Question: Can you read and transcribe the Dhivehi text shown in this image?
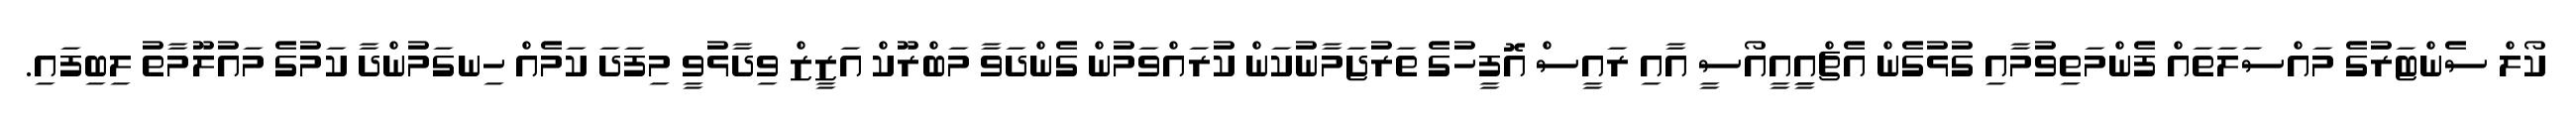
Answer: ކޯލް ސެންޓަރުގެ މައްސަލަތައް ފެންމަތިވުމާއި ގުޅުގެން އެޗްއިީއީއޯސީ އާއި ރައީސް އޮފީހުގެ ތަރުޖަމާނުކަން ކުރައްވަމުން ގެންދަވާ މަބްރޫކް އަޒީޒް ވިދާޅުވީ މިފަދަ ކަމެއް ހިނގަމުންދާ ކަމުގެ މައުލޫމާތު ލިބިފައި.